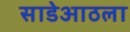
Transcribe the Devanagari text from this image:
साडेआठला